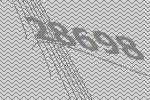
28698